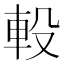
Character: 軗